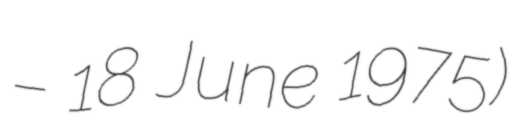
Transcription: – 18 June 1975)